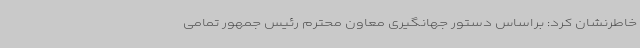
خاطرنشان کرد: براساس دستور جهانگیری معاون محترم رئیس جمهور تمامی